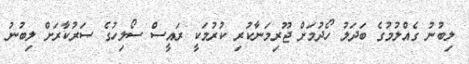
ލިބުނު ގެއްލުމުގެ ބަދަލު ހޯދުމަށް ޖޫރިމަނާކުރި ކުރުމަކީ ރައީސް ސޯލިހުގެ ސަރުކާރަށް ލިބުނު